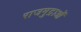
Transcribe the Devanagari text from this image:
राजमुद्राओं